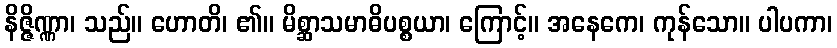
နိဇ္ဇိဏ္ဏာ၊ သည်။ ဟောတိ၊ ၏။ မိစ္ဆာသမာဓိပစ္စယာ၊ ကြောင့်။ အနေကေ၊ ကုန်သော။ ပါပကာ၊